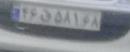
۴۶ق۵۸۱۶۸